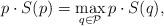
LaTeX: \begin{align*} p\cdot S(p) = \max_{q\in\mathcal P} p\cdot S(q),\end{align*}